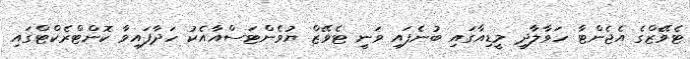
ޓެވޭޒްގެ އެޖެންޓާ ހަވާލާދީ މީޑިއާގައި ބުނެފައި ވަނީ ޓެވޭޒް ޔުވެންޓަސްއާއެކު ހަދާފައިވާ ކޮންޓްރެކްޓްގައި